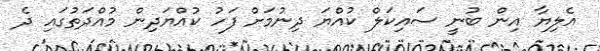
އެލިޔާ އިން ބުނީ ސައިކަލް ކުއްޔަ ދިނުމަށް ފަހު ކުއްޔަދިން މުއްދަތުގައި ދެ